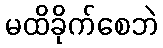
မထိခိုက်စေဘဲ